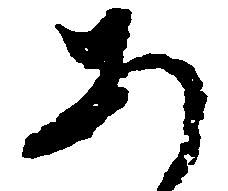
あ